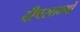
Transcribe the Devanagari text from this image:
दीपस्तम्भों